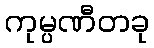
ကုမ္ပဏီတခု